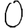
Digit: 0